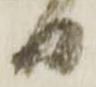
日